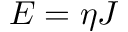
E = \eta J